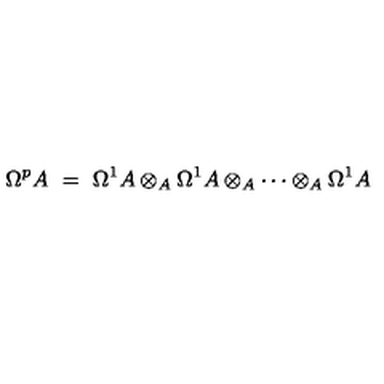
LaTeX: \Omega ^ { p } A \ = \ \Omega ^ { 1 } A \otimes _ { A } \Omega ^ { 1 } A \otimes _ { A } \cdots \otimes _ { A } \Omega ^ { 1 } A